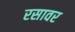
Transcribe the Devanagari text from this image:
रसावर